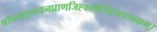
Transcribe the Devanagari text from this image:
श्रोत्रत्वङ्नयनघ्राणजिह्वाधीन्द्रियपञ्चकम्।